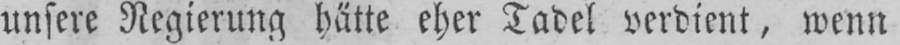
unsere Regierung hätte eher Tadel verdient, wenn